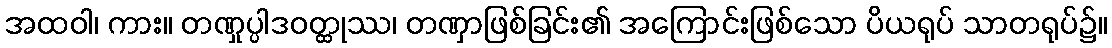
အထဝါ၊ ကား။ တဏှုပ္ပါဒဝတ္ထုဿ၊ တဏှာဖြစ်ခြင်း၏ အကြောင်းဖြစ်သော ပိယရုပ် သာတရုပ်၌။